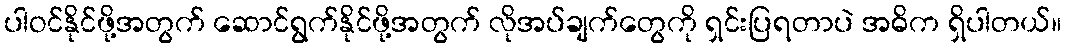
ပါဝင်နိုင်ဖို့အတွက် ဆောင်ရွက်နိုင်ဖို့အတွက် လိုအပ်ချက်တွေကို ရှင်းပြရတာပဲ အဓိက ရှိပါတယ်။